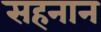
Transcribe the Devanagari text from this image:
सहनान